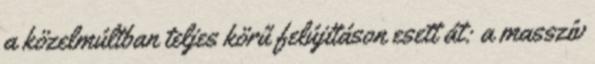
a közelmúltban teljes körű felújításon esett át: a masszív